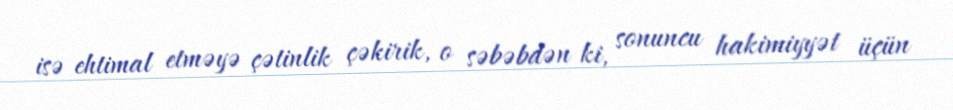
isə ehtimal etməyə çətinlik çəkirik, o səbəbdən ki, sonuncu hakimiyyət üçün